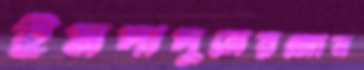
ইমদাদুলেরজোন